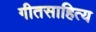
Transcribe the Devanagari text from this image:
गीतसाहित्य